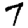
Digit: 7